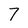
Character: 7